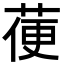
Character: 𦳄